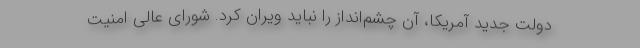
دولت جدید آمریکا، آن چشم‌انداز را نباید ویران کرد. شورای عالی امنیت